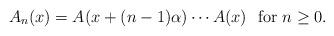
LaTeX: \begin{align*}A_n(x)= A(x+(n-1)\alpha)\cdots A(x) \ \ \mathrm{for}\ n\geq 0.\end{align*}